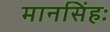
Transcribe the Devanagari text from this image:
मानसिंहः